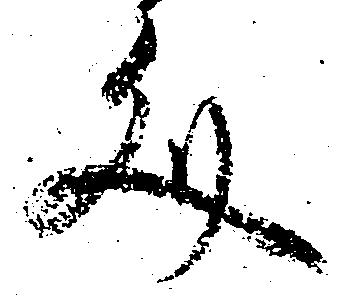
文